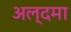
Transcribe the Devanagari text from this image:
अल्दमा